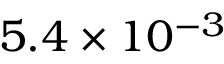
5 . 4 \times 1 0 ^ { - 3 }